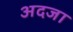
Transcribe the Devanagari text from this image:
अदजा